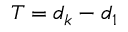
T = d _ { k } - d _ { 1 }